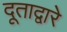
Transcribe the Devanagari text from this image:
दूताद्वारे